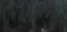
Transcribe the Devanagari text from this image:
८०३२४७